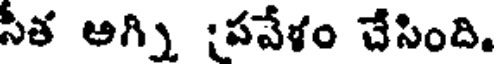
సీత ఆగ్ని పవేళం చేసింది.